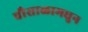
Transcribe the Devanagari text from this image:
चौसाळामधुन